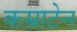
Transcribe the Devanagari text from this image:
कम्राटेन